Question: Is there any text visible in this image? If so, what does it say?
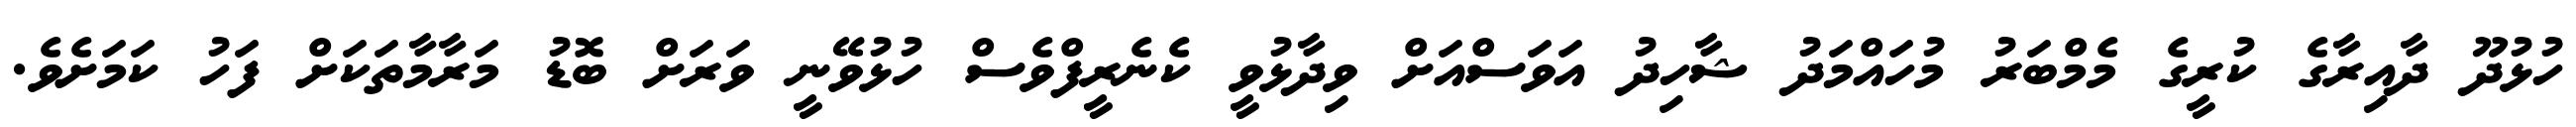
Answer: ހުޅުދޫ ދާއިރާގެ ކުރީގެ މެމްބަރު މުހައްމަދު ޝާހިދު އަވަސްއަށް ވިދާޅުވީ ކެނެރީފްވެސް ހުޅުވޭނީ ވަރަށް ބޮޑު މަރާމާތަކަށް ފަހު ކަމަށެވެ.